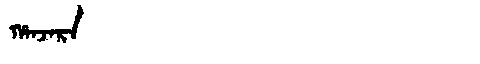
Manchu: ᡥᠠᠨᠵᠠᡵᠠ
Romanization: HANJARA